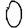
Digit: 0